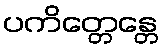
ပကိတ္တေန္တေ